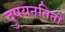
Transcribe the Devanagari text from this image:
दुषयनतिती